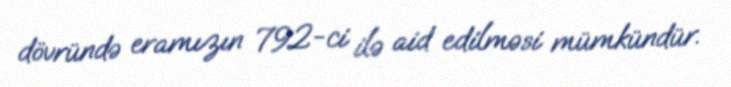
dövründə eramızın 792-ci ilə aid edilməsi mümkündür.